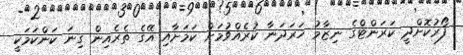
ފޯރުކޮށްދީ ކަރަންޓްގެ ނިޒާމު ހަރަދަނާ ކުރެއްވުމަށް ކަމަށާއި އޭގެ ތެރެއިން ގިނަ ކަންކަމަކީ